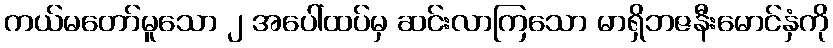
ကယ်မတော်မူသော ၂ အပေါ်ထပ်မှ ဆင်းလာကြသော မာရှိဘဇနီးမောင်နှံကို